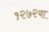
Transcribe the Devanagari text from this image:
१२७२या